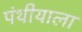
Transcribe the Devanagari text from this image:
पंथीयाला